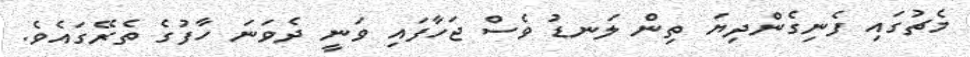
މެޗުގައި ފެނިގެންދިޔަ ތިން ލަނޑު ވެސް ޖަހާފައި ވަނީ ދެވަނަ ހާފުގެ ތެރޭގައެވެ.